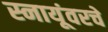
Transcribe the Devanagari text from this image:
स्नायूंवरचे